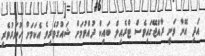
އަދި އޭނާ ވަނީ ރާއްޖޭގައިވެސް ޓްރެއިލް ބައިކް ދުއްވުމަށް ޝައުގުވެރިވެ އެކަމަށް ހުނަރުވެރި